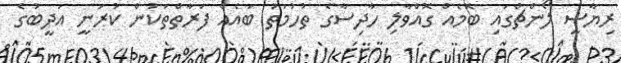
ރިޔާސީ ލޯންޗްގައި ބޮމެއް ގޮއްވާލި ހާދިސާގެ ތުހުމަތު ބައެއް ފަރާތްތަކުން ކުރަނީ އަދީބުގެ